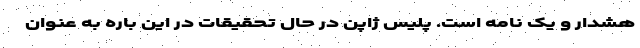
هشدار و یک نامه است. پلیس ژاپن در حال تحقیقات در این باره به عنوان